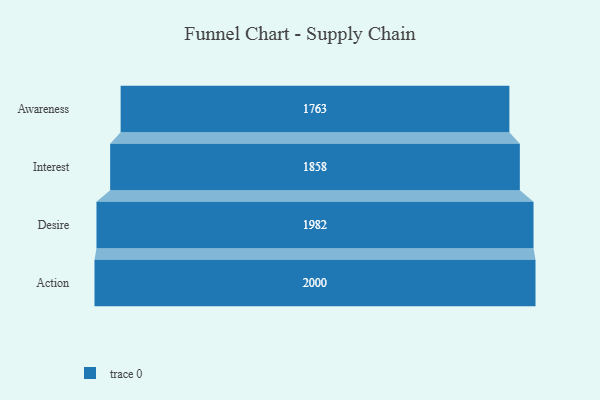
{"axis": {"x": "Stage", "y": "Value"}, "legend": [""], "data": [{"x": "Awareness", "y": 1763.0, "type": ""}, {"x": "Interest", "y": 1858.0, "type": ""}, {"x": "Desire", "y": 1982.0, "type": ""}, {"x": "Action", "y": 2000, "type": ""}]}